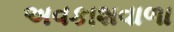
અવકાશવાળા